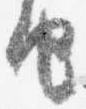
由